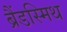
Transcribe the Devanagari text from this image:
ब्रैंडस्मिथ